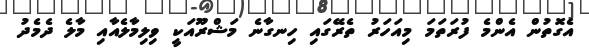
އެގޮތުން އެންމެ ފުރަތަމަ މިއަހަރު ތެރޭގައި ހިނގާނެ މަޝްރޫއަކީ ވިލިމާލެއާއި މާލެ ދެމެދު